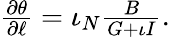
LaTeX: \begin{array}{r}{\frac{\partial\theta}{\partial\ell}=\iota_{N}\frac{B}{G+\iota I}.}\end{array}